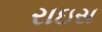
રાઇસ